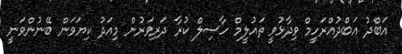
އަބްދު އަބްދުއްރަހީމް ވިދާޅުވީ ތައުލީމް ހާސިލް ކުރާ ދަރިވަރުން މިއަދު ކިޔަވަން ބޭނުންވަނީ